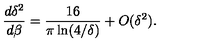
{ \frac { d \delta ^ { 2 } } { d \beta } } = { \frac { 1 6 } { \pi \ln ( 4 / \delta ) } } + O ( \delta ^ { 2 } ) .